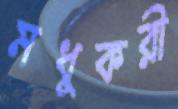
মধুকরী